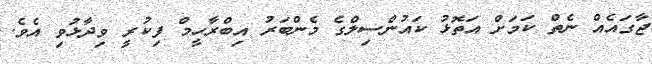
ޖާގައެއް ނެތް ކަމަށް އަތޮޅު ކައުންސިލްގެ މެންބަރު އިބްރާހީމް ފިކުރީ ވިދާޅުވި އެވެ.